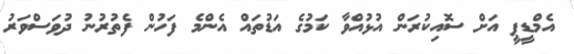
އެމްޑީޕީ އަށް ސޮއިކުރަން އުޅުއްވާ ކަމުގެ އަޑުތައް އެންމެ ފަހުން ފެތުރުނު ދުވަސްވަރު